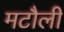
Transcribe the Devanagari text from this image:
मटौली